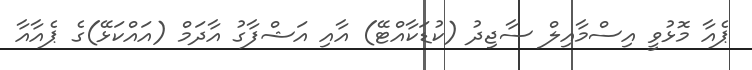
ޕެއާ މޮޅުވީ އިސްމާއިލް ސާޖިދު (ކުޑަކާއްޓޭ) އާއި އަޝްފާގު އާދަމް (އައްކަޅޭ)ގެ ޕެއާއާ